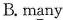
B. m\underline{a}ny